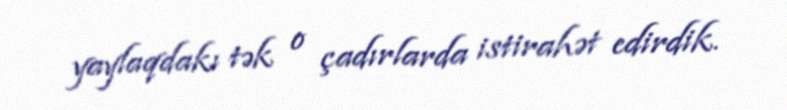
yaylaqdakı tək o çadırlarda istirahət edirdik.